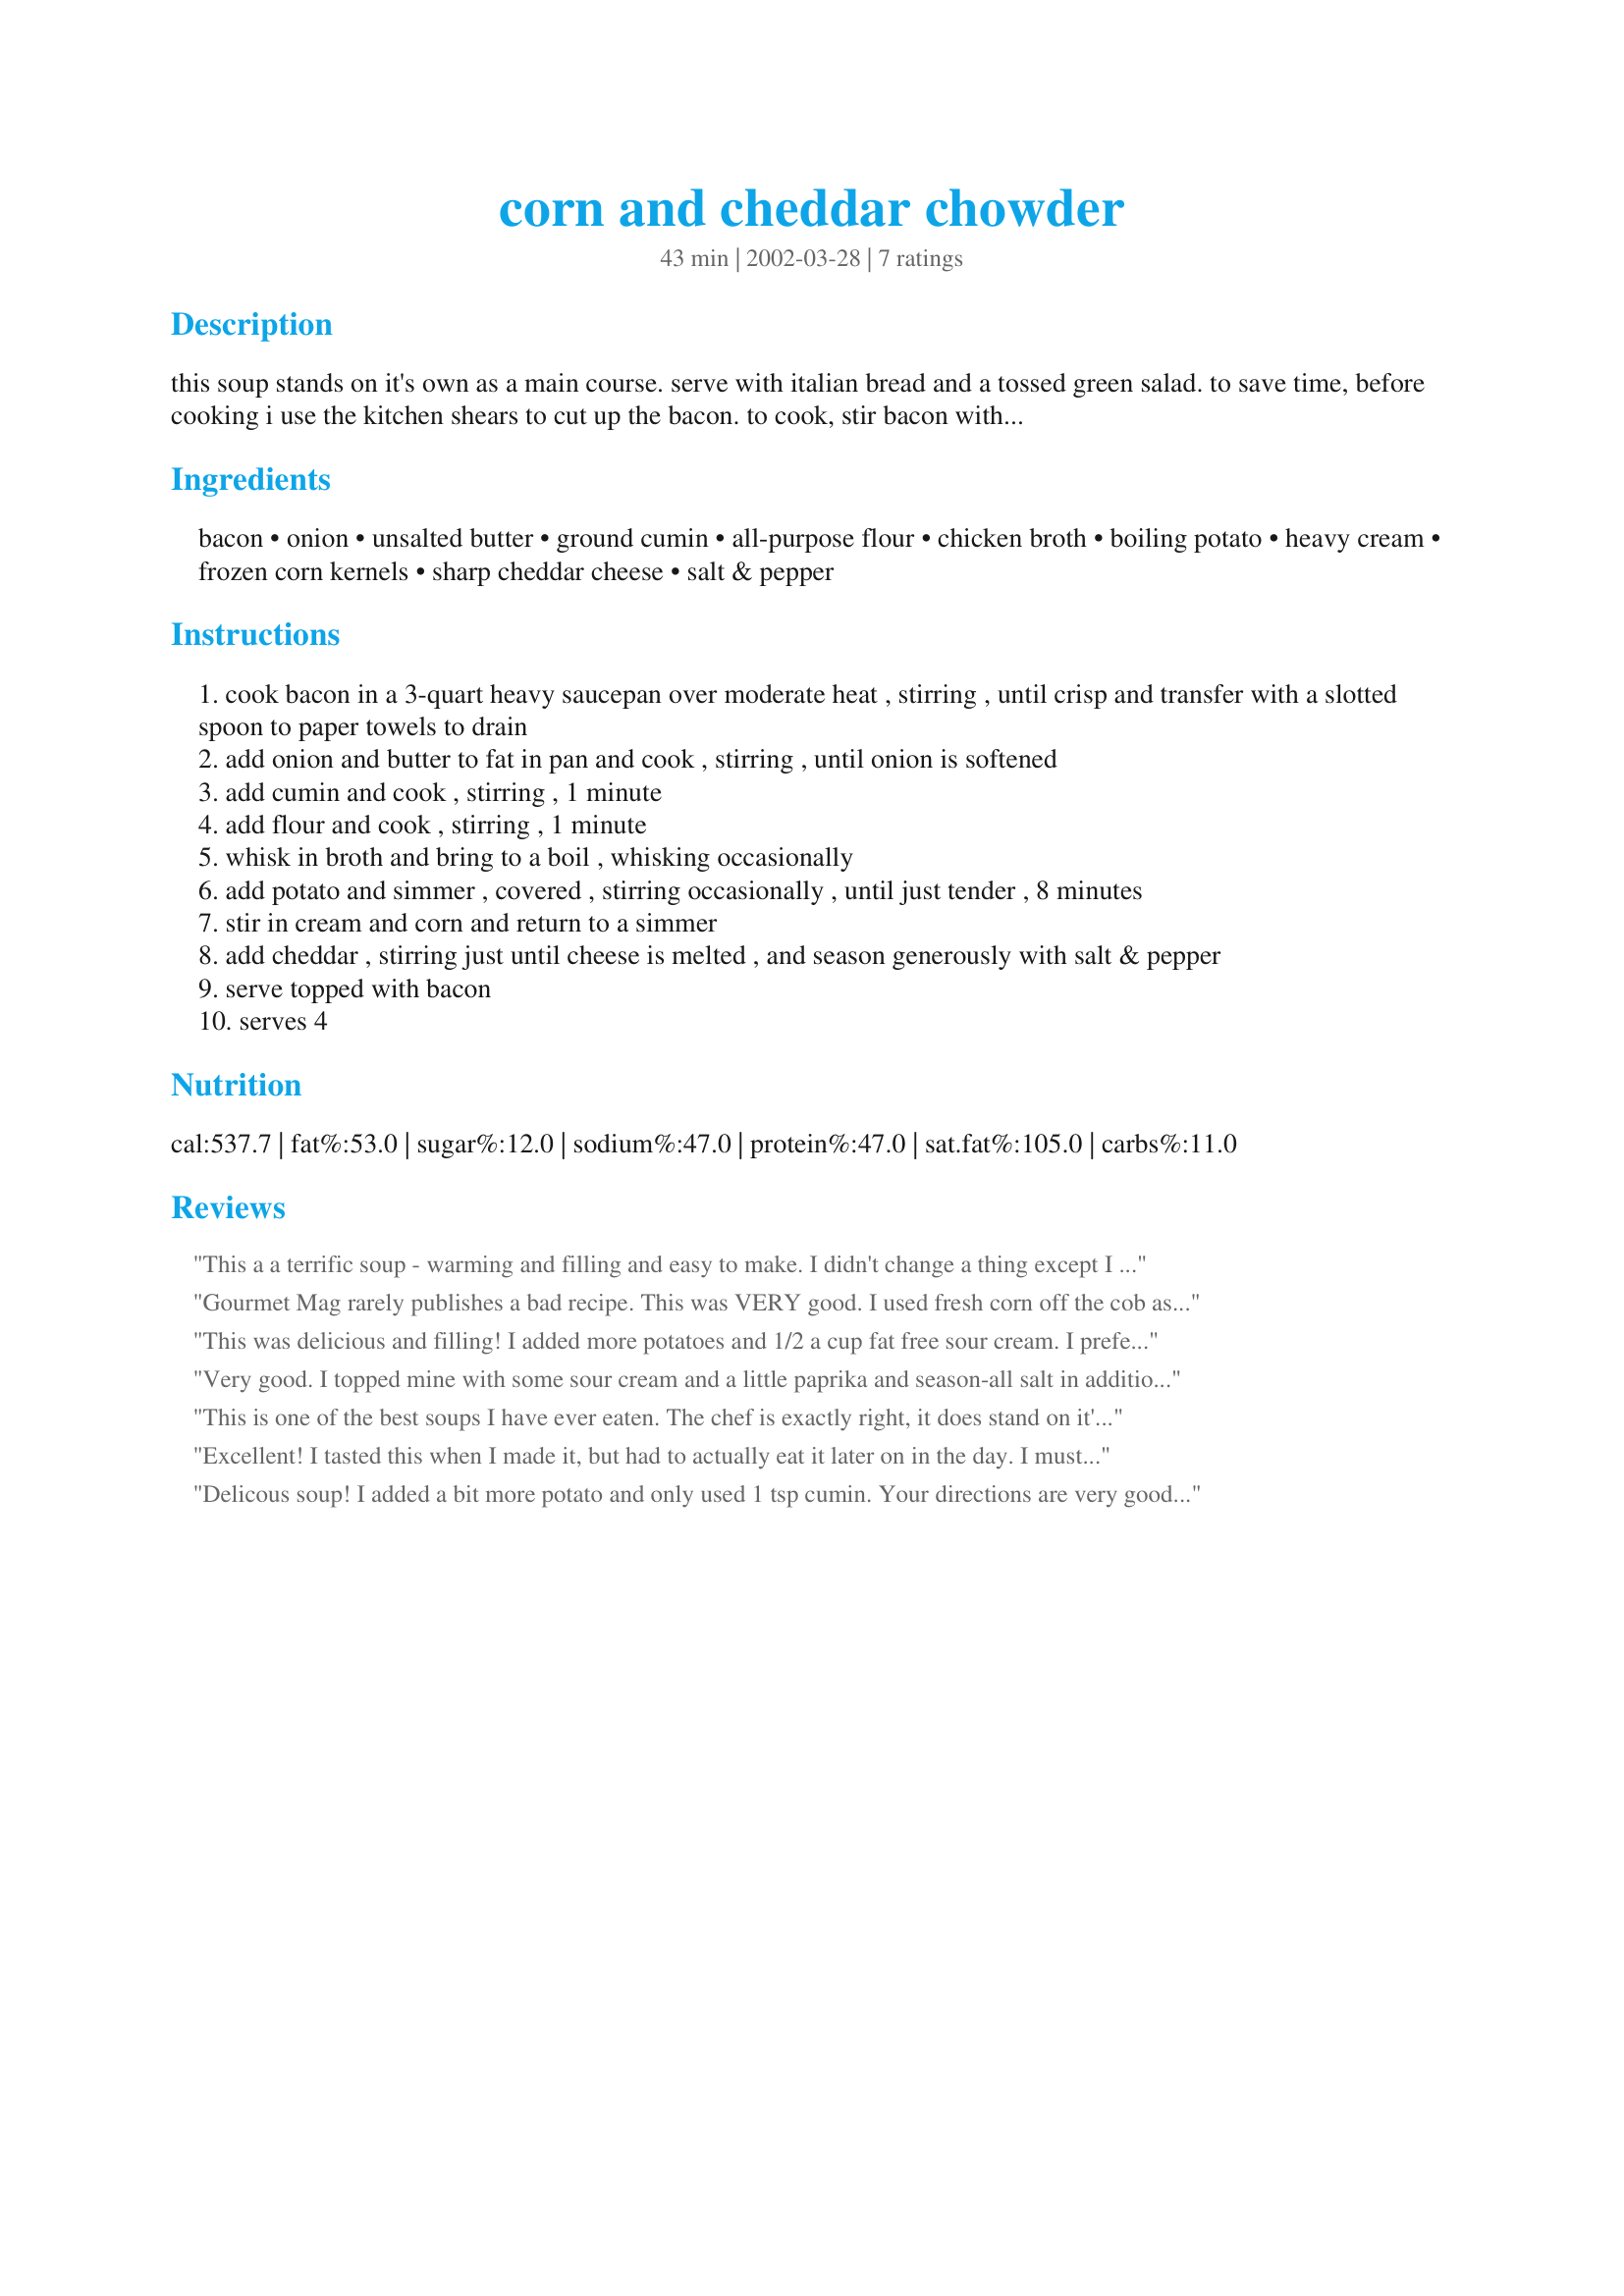
corn and cheddar chowder
Preparation time: 43 minutes

this soup stands on it's own as a main course. serve with italian bread and a tossed green salad. to save time, before cooking i use the kitchen shears to cut up the bacon. to cook, stir bacon with a wooden spoon till crisp. this recipe comes from gourmet magazine.

Ingredients:
bacon, onion, unsalted butter, ground cumin, all-purpose flour, chicken broth, boiling potato, heavy cream, frozen corn kernels, sharp cheddar cheese, salt & pepper

Steps:
cook bacon in a 3-quart heavy saucepan over moderate heat , stirring , until crisp and transfer with a slotted spoon to paper towels to drain
add onion and butter to fat in pan and cook , stirring , until onion is softened
add cumin and cook , stirring , 1 minute
add flour and cook , stirring , 1 minute
whisk in broth and bring to a boil , whisking occasionally
add potato and simmer , covered , stirring occasionally , until just tender , 8 minutes
stir in cream and corn and return to a simmer
add cheddar , stirring just until cheese is melted , and season generously with salt & pepper
serve topped with bacon
serves 4

Reviews:
This a a terrific soup - warming and filling and easy to make. I didn't change a thing except I threw in a handful of finely chopped chives bnecause I liked the bits of green with the bits of bacon and the corn - made a pretty color combo.

Thank you so much - I will definitely make this again soon.
Gourmet Mag rarely publishes a bad recipe. This was VERY good. I used fresh corn off the cob as it is in season now. I did not have cream or bacon on hand so I used leftover ham and regular 2% milk. It turned out just fine to me. I must mention that I was so suprised that the recipe called for cumin. It really made the soup! On another seasoning note...I did not have to salt this at all. It was plently salty fromt he ham and cheese all on its own. Test before you bother. A lot of black pepper was the ticket for me.
This was delicious and filling! I added more potatoes and 1/2 a cup fat free sour cream. I prefer this recipe over my potato soup recipes. I doubled it to have leftovers to freeze and it turned out great. You won't be disappointed.
Very good. I topped mine with some sour cream and a little paprika and season-all salt in addition to the pepper. I served with a salad and some toasted bread. The only improvement I think it could have would be a little spice...any suggestions? Maybe a little cayenne pepper next time.
This is one of the best soups I have ever eaten. The chef is exactly right, it does stand on it's own as a main course. With some bread or crackers this is a tasty fulfilling meal that leaves you warm inside on a cold fall or winter day and still lets you have some room for dessert!
Excellent! I tasted this when I made it, but had to actually eat it later on in the day. I must say that this soup is even better reheated! My advice is to double the recipe so you'll have a great soup for now and an even greater soup to reheat! This is a keeper for sure. Thanx Bev!
Delicous soup! I added a bit more potato and only used 1 tsp cumin. Your directions are very good. I like this recipe because it only makes 4 servings. Perfect comfort food. I will be making this recipe again. Thanks Bev.
